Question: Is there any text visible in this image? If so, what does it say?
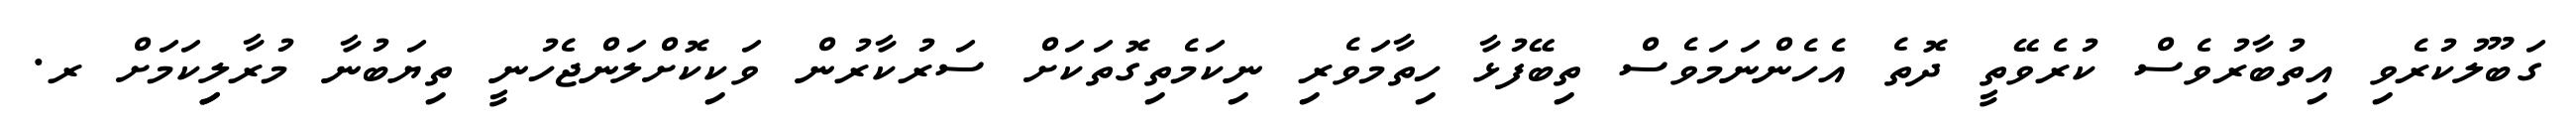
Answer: ގަބޫލުކުރެވި އިތުބާރުވެސް ކުރެވޭތީ ދޮތެ އެހެންނަމަވެސް ތިބޭފުޅާ ހިތާމަވެރި ނިކަމެތިގޮތަކަށް ސަރުކާރުން ވަކިކޮށްލަންޖެހުނީ ތިޔަބުނާ މުރާލިިކަމަށް ރ.